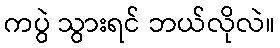
ကပွဲ သွားရင် ဘယ်လိုလဲ။